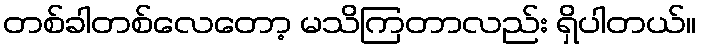
တစ်ခါတစ်လေတော့ မသိကြတာလည်း ရှိပါတယ်။